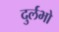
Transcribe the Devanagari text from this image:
दुर्लभो